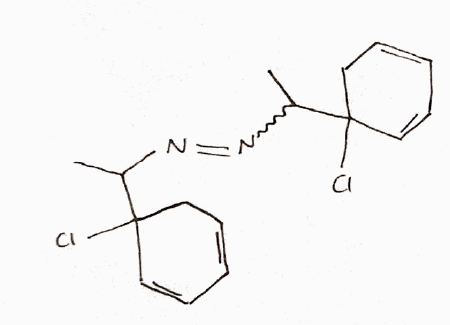
Simplified molecular-input line-entry system (SMILES) notation of the given molecule:
CC(C1(CC=CC=C1)Cl)N=NC(C)C2(CC=CC=C2)Cl